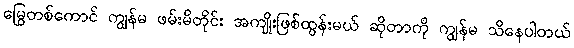
မြွေတစ်ကောင် ကျွန်မ ဖမ်းမိတိုင်း အကျိုးဖြစ်ထွန်းမယ် ဆိုတာကို ကျွန်မ သိနေပါတယ်